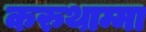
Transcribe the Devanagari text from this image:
करुथाम्मा